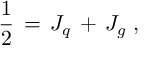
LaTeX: { \frac { 1 } { 2 } } \, = \, J _ { q } \, + \, J _ { g } \; ,